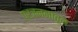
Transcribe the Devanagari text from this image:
प्रजननातून